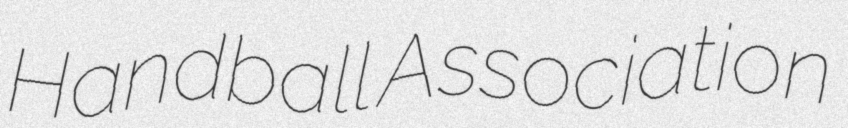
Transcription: Handball Association